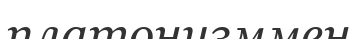
платонизммен